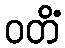
ဝတိံ